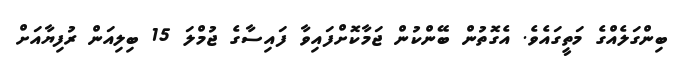
ބިންގަލެއްގެ މަތީގައެވެ. އެގޮތުން ބޭންކުން ޖަމާކޮށްފައިވާ ފައިސާގެ ޖުމްލަ 15 ބިލިއަން ރުފިޔާއަށް